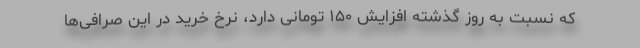
که نسبت به روز گذشته افزایش ۱۵۰ تومانی دارد، نرخ خرید در این صرافی‌ها